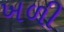
ખળી